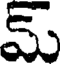
మ్